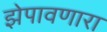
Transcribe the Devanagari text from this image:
झेपावणारा